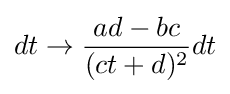
dt\to {\frac {ad-bc}{(ct+d)^{2}}}dt